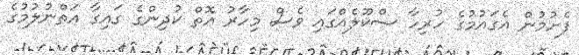
ފެށުމުން އެގައުމުގެ ހުރިހާ ސްކޫލެއްގައި ވެސް މިހާރު އޮތް ކުދިންގެ ގައިގާ އަތްނުލުމުގެ